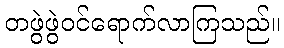
တဖွဲဖွဲဝင်ရောက်လာကြသည်။